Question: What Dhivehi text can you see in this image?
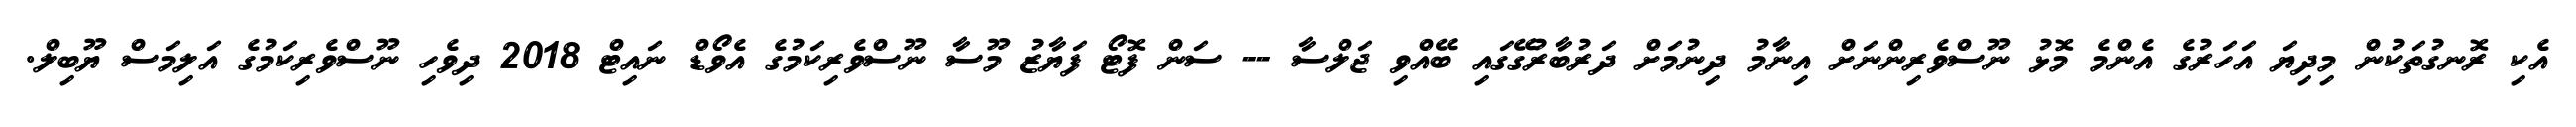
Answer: އެކި ރޮނގުތަކުން މިދިޔަ އަހަރުގެ އެންމެ މޮޅު ނޫސްވެރިންނަށް އިނާމު ދިނުމަށް ދަރުބާރުގޭގައި ބޭއްވި ޖަލްސާ -- ސަން ފޮޓޯ ފަޔާޒު މޫސާ ނޫސްވެރިކަމުގެ އެވޯޑް ނައިޓް 2018 ދިވެހި ނޫސްވެރިކަމުގެ އަލިމަސް ޔޫބިލް.